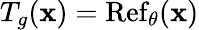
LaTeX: T_{g}(\mathbf{x})=\operatorname{Ref}_{\theta}(\mathbf{x})